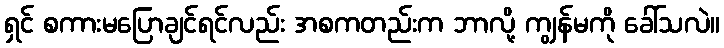
ရှင် စကားမပြောချင်ရင်လည်း အစကတည်းက ဘာလို့ ကျွန်မကို ခေါ်သလဲ။